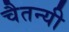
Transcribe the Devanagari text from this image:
चैतन्यी